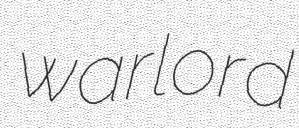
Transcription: warlord